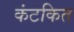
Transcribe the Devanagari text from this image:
कंटकित